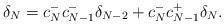
\begin{align*} \delta_N = c_N^-c_{N-1}^-\delta_{N-2} + c_N^-c_{N-1}^+\delta_N. \end{align*}